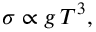
\sigma \propto g \, T ^ { 3 } ,